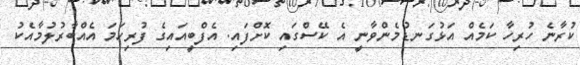
ކުރާނެ ހުރިހާ ކަމެއް އަޅުގަނޑުމެންވާނީ އެ ކޭސްގައި ކޮށްފައި. އެފްބީއައިގެ ފުރިހަމަ އެއްބާރުލުމާއެކު